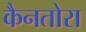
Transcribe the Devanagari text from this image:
कैनतोरा